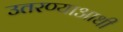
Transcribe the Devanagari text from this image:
उतरण्याआधी